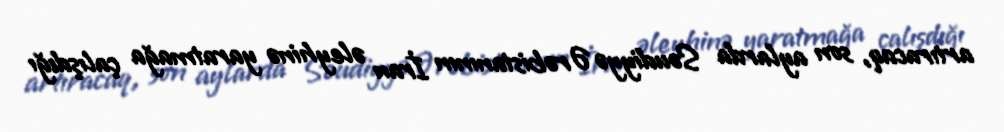
artıracaq, son aylarda Səudiyyə Ərəbistanının İran əleyhinə yaratmağa çalışdığı